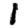
Digit: 1